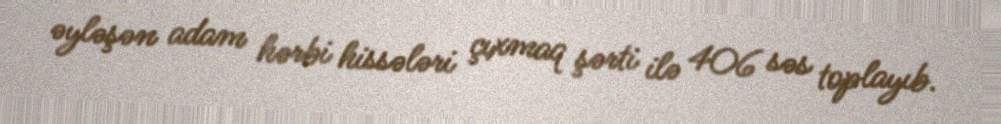
əyləşən adam hərbi hissələri çıxmaq şərti ilə 406 səs toplayıb.